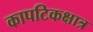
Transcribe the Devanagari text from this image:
कापटिकक्षात्र